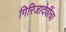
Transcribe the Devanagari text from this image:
गिरिजादेवींचा